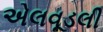
એલવૂડલી